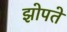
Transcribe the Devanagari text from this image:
झोपते